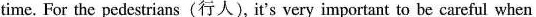
time. For the pedestrians (行人), it's very important to be careful when